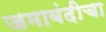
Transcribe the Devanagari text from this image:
जमाबंदीचा